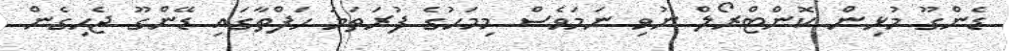
ޑެންގޫ މުޅިން ކޮންޓްރޯލް ނުވި ނަމަވެސް މިމަހުގެ ފުރަތަމަ ހަފްތާގައި ޑޭންގޫ ޖެހިގެން